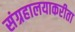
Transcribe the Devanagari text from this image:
संग्रहालयाकरीता